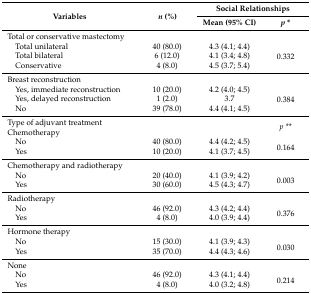
<table><thead><tr><td rowspan="2"><b>Variables</b></td><td rowspan="2"><b><i>n</i> (%)</b></td><td colspan="2"><b>Social Relationships</b></td></tr><tr><td><b>Mean (95% CI)</b></td><td><b><i>p</i> *</b></td></tr></thead><tbody><tr><td>Total or conservative mastectomy</td><td></td><td></td><td></td></tr><tr><td> Total unilateral</td><td>40 (80.0)</td><td>4.3 (4.1; 4.4)</td><td rowspan="3">0.332</td></tr><tr><td> Total bilateral</td><td>6 (12.0)</td><td>4.1 (3.4; 4.8)</td></tr><tr><td> Conservative</td><td>4 (8.0)</td><td>4.5 (3.7; 5.4)</td></tr><tr><td>Breast reconstruction</td><td></td><td></td><td></td></tr><tr><td> Yes, immediate reconstruction</td><td>10 (20.0)</td><td>4.2 (4.0; 4.5)</td><td rowspan="3">0.384</td></tr><tr><td> Yes, delayed reconstruction</td><td>1 (2.0)</td><td>3.7</td></tr><tr><td> No</td><td>39 (78.0)</td><td>4.4 (4.1; 4.5)</td></tr><tr><td>Type of adjuvant treatment</td><td></td><td></td><td rowspan="2"><i>p **</i></td></tr><tr><td>Chemotherapy</td><td></td><td></td></tr><tr><td> No</td><td>40 (80.0)</td><td>4.4 (4.2; 4.5)</td><td rowspan="2">0.164</td></tr><tr><td> Yes</td><td>10 (20.0)</td><td>4.1 (3.7; 4.5)</td></tr><tr><td>Chemotherapy and radiotherapy</td><td></td><td></td><td></td></tr><tr><td> No</td><td>20 (40.0)</td><td>4.1 (3.9; 4.2)</td><td rowspan="2">0.003</td></tr><tr><td> Yes</td><td>30 (60.0)</td><td>4.5 (4.3; 4.7)</td></tr><tr><td>Radiotherapy</td><td></td><td></td><td></td></tr><tr><td> No</td><td>46 (92.0)</td><td>4.3 (4.2; 4.4)</td><td rowspan="2">0.376</td></tr><tr><td> Yes</td><td>4 (8.0)</td><td>4.0 (3.9; 4.4)</td></tr><tr><td>Hormone therapy</td><td></td><td></td><td></td></tr><tr><td> No</td><td>15 (30.0)</td><td>4.1 (3.9; 4.3)</td><td rowspan="2">0.030</td></tr><tr><td> Yes</td><td>35 (70.0)</td><td>4.4 (4.3; 4.6)</td></tr><tr><td>None</td><td></td><td></td><td></td></tr><tr><td> No</td><td>46 (92.0)</td><td>4.3 (4.1; 4.4)</td><td rowspan="2">0.214</td></tr><tr><td> Yes</td><td>4 (8.0)</td><td>4.0 (3.2; 4.8)</td></tr></tbody></table>